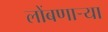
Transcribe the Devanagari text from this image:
लोंबणार्‍या